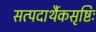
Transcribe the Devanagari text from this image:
सत्पदार्थैकसृष्टिः